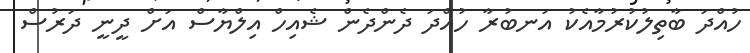
ހުއްދަ ބާތިލުކުރުމާއެކު އަނބުރާ ހުއްދަ ދެންދެން ޝެއިހް އިލްޔާސް އަށް ދީނީ ދަރުސް